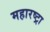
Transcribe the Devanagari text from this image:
महारष्ट्रा